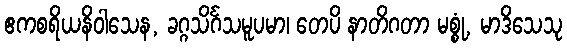
ဧကစရိယနိဝါသေန, ခဂ္ဂသိင်္ဂသမူပမာ၊ တေပိ နာတိဂတာ မစ္စုံ, မာဒိသေသု